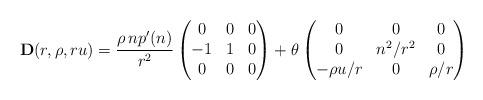
LaTeX: \begin{align*}\mathbf{D}(r,\rho,ru)=\frac{\rho\,np'(n)}{r^2}\begin{pmatrix} 0 & 0 & 0 \\ -1 & 1 & 0 \\ 0 & 0 & 0 \end{pmatrix}+\theta \begin{pmatrix} 0 & 0 & 0 \\ 0 & n^2/r^2 & 0 \\ -{\rho u}/{r} & 0 & {\rho}/{r} \end{pmatrix}\end{align*}